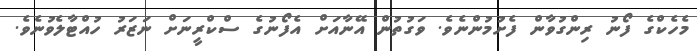
މެހެކްގެ ފޯނު ރިންގުވާން ފެށުމުންނެވެ. ވަގުތުން އޭނާއަށް އެފޯނުގެ ސްކްރީނަށް ނަޒަރު ހުއްޓާލެވުނެވެ.